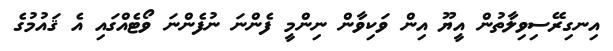
އިނގިރޭސިވިލާތުން އީޔޫ އިން ވަކިވާން ނިންމީ ފެންނަ ނުފެންނަ ވޯޓެއްގައި އެ ޤައުމުގެ